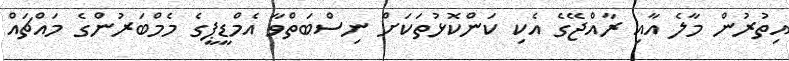
އިތުރުން މާލެ އާއި ރާއްޖޭގެ އެކި ކަންކޮޅުތަކަށް ނިސްބަތްވާ އެމްޑީޕީގެ މެމްބަރުންގެ މައްޗައް